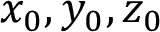
x _ { 0 } , y _ { 0 } , z _ { 0 }